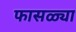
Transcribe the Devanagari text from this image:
फासळ्या